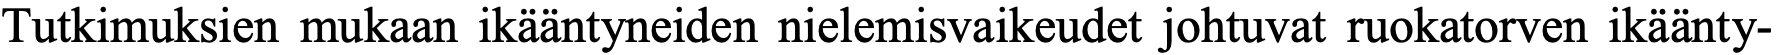
Tutkimuksien mukaan ikääntyneiden nielemisvaikeudet johtuvat ruokatorven ikäänty-